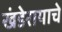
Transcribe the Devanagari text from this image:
खंडेरायाचे